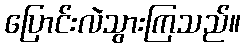
ပြောင်းလဲသွားကြသည်။